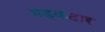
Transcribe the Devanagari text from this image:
भड़कदार